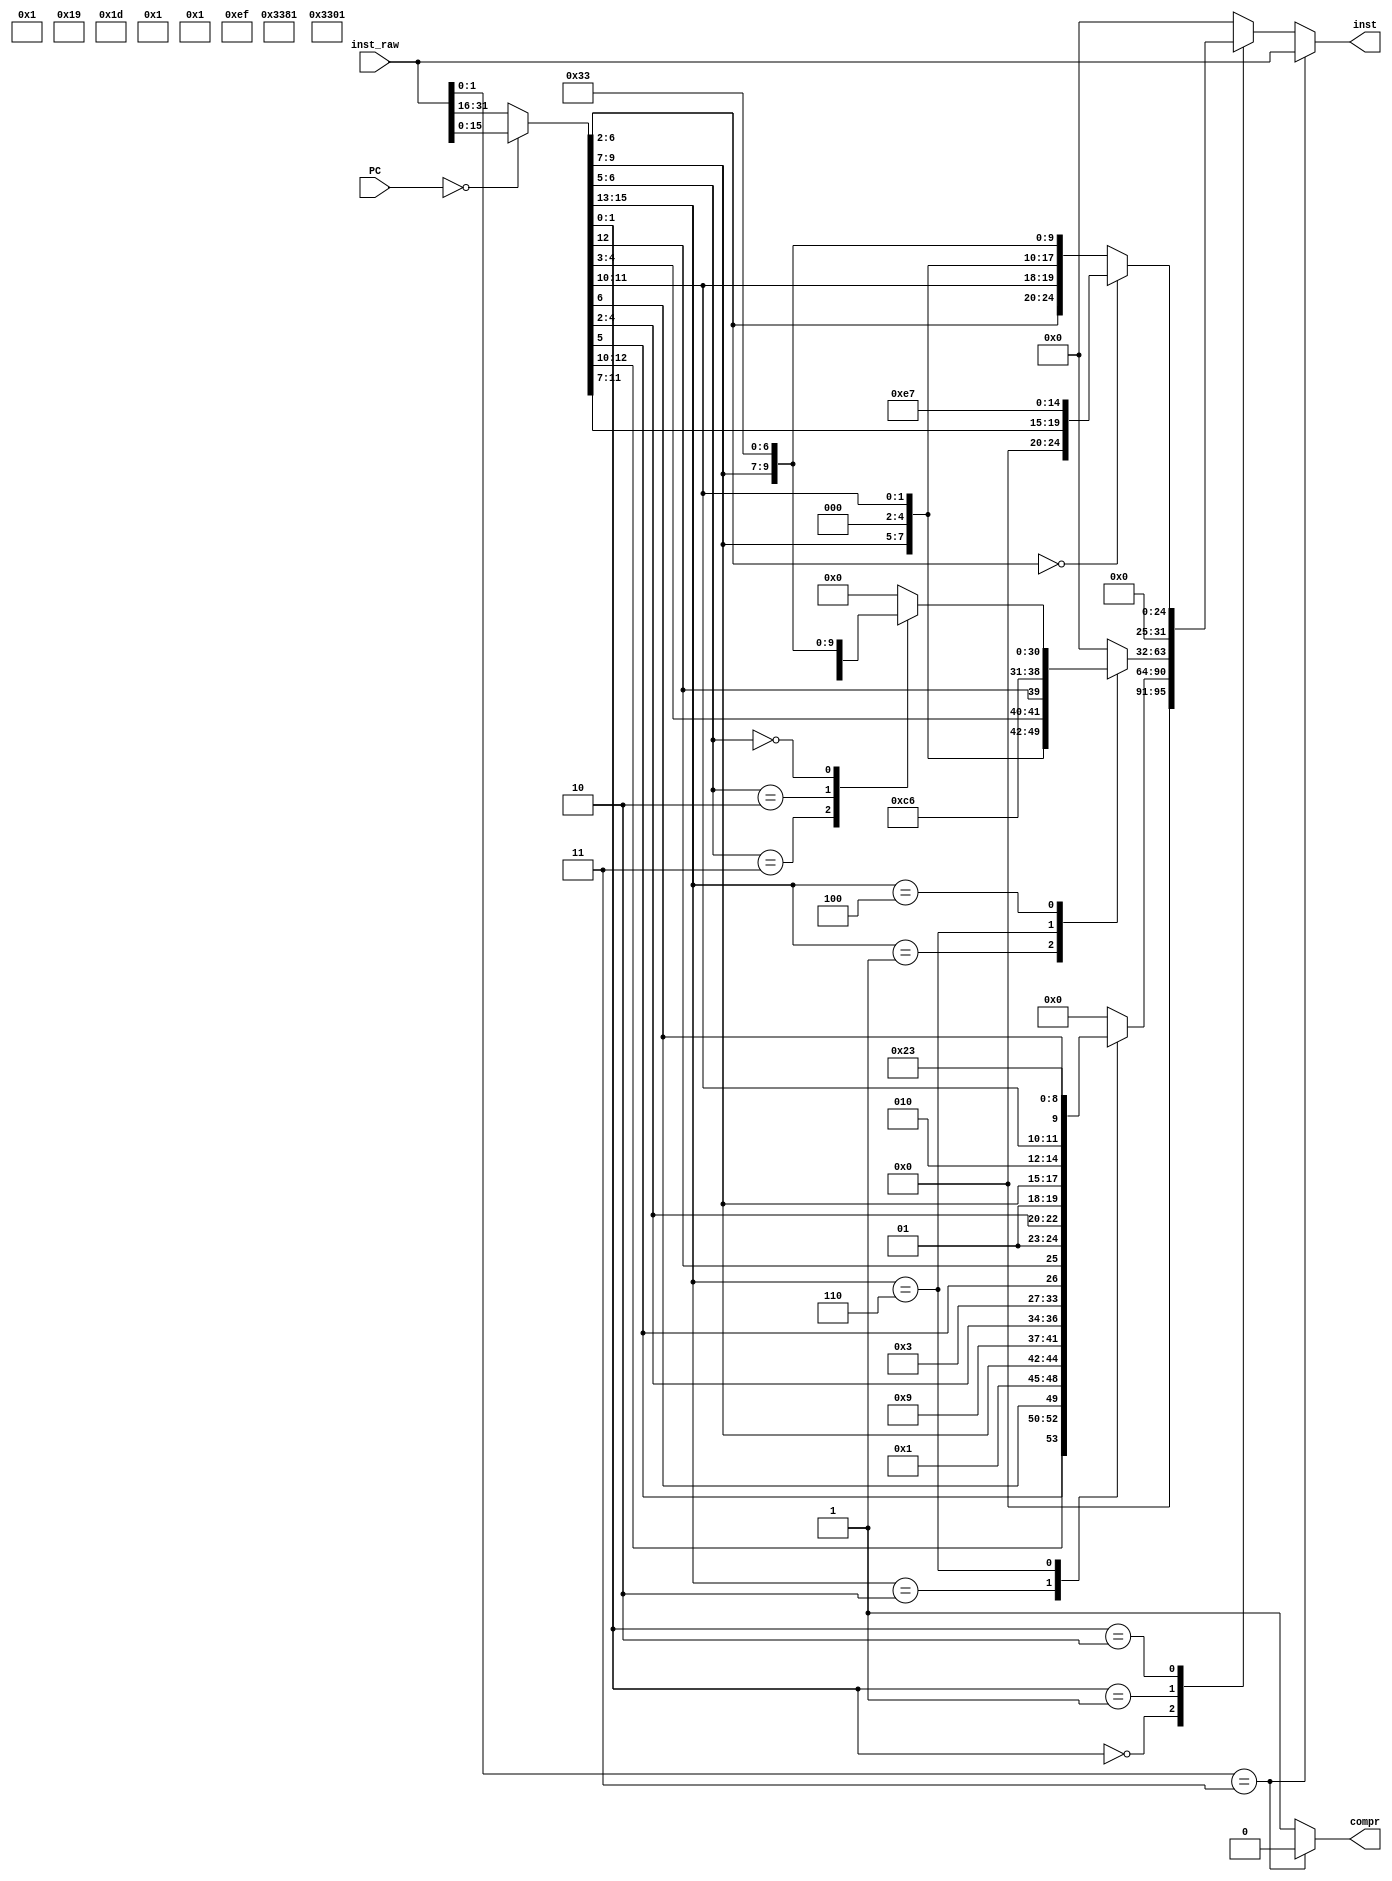
module decompressor (
	input  	   [1:0]  PC, //PC[1:0] == 2'b00(PC+4) | 2'b10(PC+2)
	input  	   [31:0] inst_raw,
	output reg [31:0] inst,
	output reg		  compr
);

reg [15:0] half_inst;

always @(*) begin
	if (inst_raw[1:0] == 2'b11) begin //uncompressed
		compr = 1'b0; //PC + 4
		inst = inst_raw;
	end else begin //RVC
		compr = 1'b1; //PC + 2
		half_inst = (PC == 2'b00) ? inst_raw[15:0] : inst_raw[31:16];

		case (half_inst[1:0]) //op
			2'b00: begin
				case (half_inst[15:13])
					//c.lw
					3'b010:  inst = {{5'b0, half_inst[5], half_inst[12:10], half_inst[6], 2'b00}, {2'b01, half_inst[9:7]}, 3'd2, {2'b01, half_inst[4:2]}, 7'b0000011}; //lw rd' , offset[6:2](rs1')
					//c.sw
					3'b110:  inst = {{5'b0, half_inst[5], half_inst[12]}, {2'b01, half_inst[4:2]}, {2'b01, half_inst[9:7]}, 3'd2, {half_inst[11:10], half_inst[6], 2'b00}, 7'b0100011}; //sw rs2' , offset[6:2](rs1')
					default: inst = 32'b0;
				endcase
			end
			2'b01: begin
				case (half_inst[15:13])
					//c.jal
					3'b001: inst = {{1'b0, half_inst[8], half_inst[10:9], half_inst[6], half_inst[7], half_inst[2], half_inst[11], half_inst[5:3], half_inst[12], 8'b0}, 5'd1, 7'b1101111}; //jal x1, offset[11:1]
					//c.beqz
					3'b110: inst = {{half_inst[12], {3{half_inst[12]}}, half_inst[6:5], half_inst[2]}, 5'b0, {2'b01, half_inst[9:7]}, 3'b0, {half_inst[11:10], half_inst[4:3], half_inst[12]}, 7'b1100011}; //beq rs1', x0, offset[8:1]
					3'b100: begin
						case (half_inst[6:5])
							//c.and
							2'b11: 	 inst = {7'h00, {2'b01, half_inst[4:2]}, {2'b01, half_inst[9:7]}, 3'd7, {2'b01, half_inst[9:7]}, 7'b0110011}; //and rd' , rd' , rs2'
							//c.or
							2'b10: 	 inst = {7'h00, {2'b01, half_inst[4:2]}, {2'b01, half_inst[9:7]}, 3'd6, {2'b01, half_inst[9:7]}, 7'b0110011}; //sub rd' , rd' , rs2'
							//c.sub
							2'b00: 	 inst = {7'h20, {2'b01, half_inst[4:2]}, {2'b01, half_inst[9:7]}, 3'b0, {2'b01, half_inst[9:7]}, 7'b0110011}; //or rd' , rd' , rs2'
							default: inst = 32'b0;
						endcase
					end
					default: inst = 32'b0;
				endcase
			end
			2'b10: begin
				//half_inst[15:12] == 4'b1100011				//jalr x1, rs1, 0											//add rd, rd, rs2
				inst = (half_inst[6:2] == 5'b0) ? {12'b0, half_inst[11:7], 3'b0, 5'd1, 7'b1100111} : {7'h00, half_inst[6:2], half_inst[11:7], 3'b0, half_inst[11:7], 7'b0110011};
			end
			default: inst = 32'b0;
		endcase
	end

end

endmodule